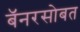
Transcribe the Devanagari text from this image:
बॅनरसोबत